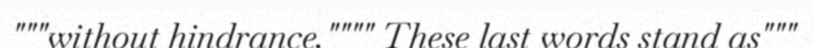
"""without hindrance."""" These last words stand as"""